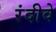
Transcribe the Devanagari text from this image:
रंदीवे